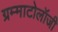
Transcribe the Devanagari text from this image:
ग्रम्माटोलॉजी